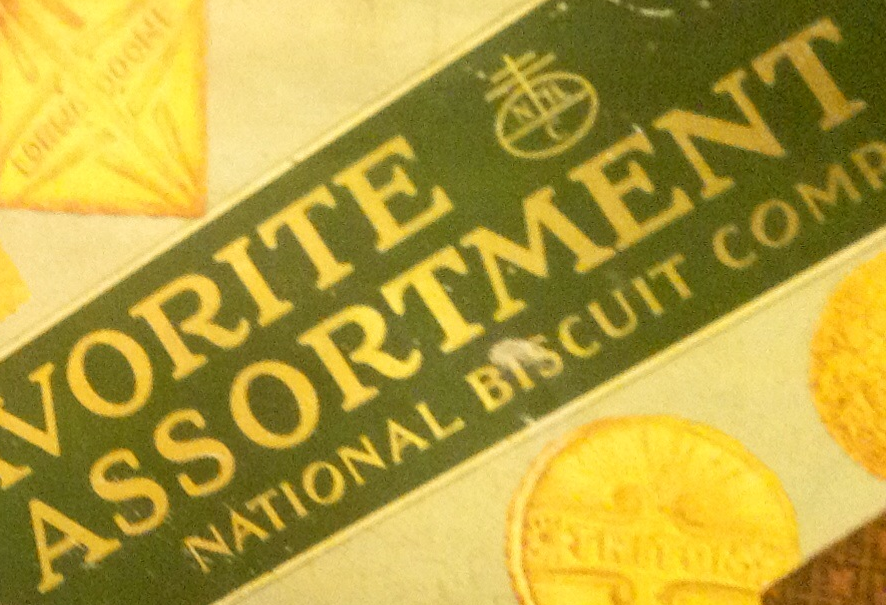
ASSORTMENT